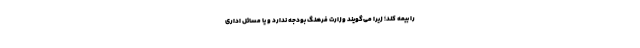
را بیمه کند؛ زیرا می‌گویند وزارت فرهنگ بودجه ندارد و یا مسائل اداری